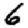
Digit: 6